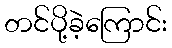
တင်ပို့ခဲ့ကြောင်း